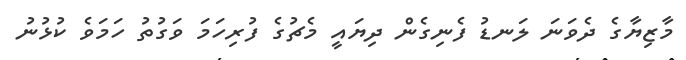
މާޒިޔާގެ ދެވަނަ ލަނޑު ފެނިގެން ދިޔައީ މެޗުގެ ފުރިހަމަ ވަގުތު ހަމަވެ ކުޅުނު